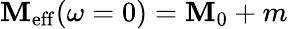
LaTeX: \mathbf{M}_{\mathrm{{eff}}}(\omega=0)=\mathbf{M}_{0}+m